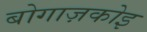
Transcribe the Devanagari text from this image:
बोगाज़कोइ